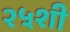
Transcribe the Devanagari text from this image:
२५शी